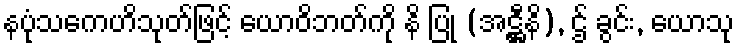
နပုံသကေဟိသုတ်ဖြင့် ယောဝိဘတ်ကို နိ ပြု (အဋ္ဌီနိ), ဌ် ခွင်း, ယောသု